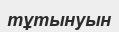
тұтынуын